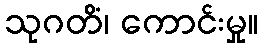
သုဂတိံ၊ ကောင်းမှု။